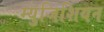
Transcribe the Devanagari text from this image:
म्युजिशियन